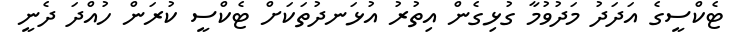
ޓެކްސީގެ އަދަދު މަދުވުމާ ގުޅިގެން އިތުރު އުޅަނދުތަކަށް ޓެކްސީ ކުރަން ހުއްދަ ދެނީ